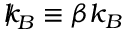
{ \slash \! \! \! k } _ { \! { B } } \equiv \beta k _ { B }